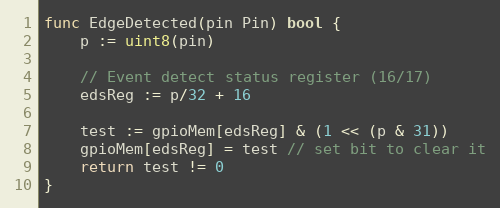
Language: Go
func EdgeDetected(pin Pin) bool {
	p := uint8(pin)

	// Event detect status register (16/17)
	edsReg := p/32 + 16

	test := gpioMem[edsReg] & (1 << (p & 31))
	gpioMem[edsReg] = test // set bit to clear it
	return test != 0
}